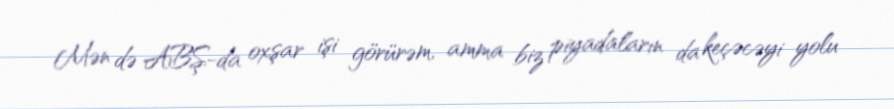
Mən də ABŞ-da oxşar işi görürəm, amma biz piyadaların da keçəcəyi yolu